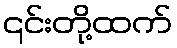
၎င်းတို့ထက်